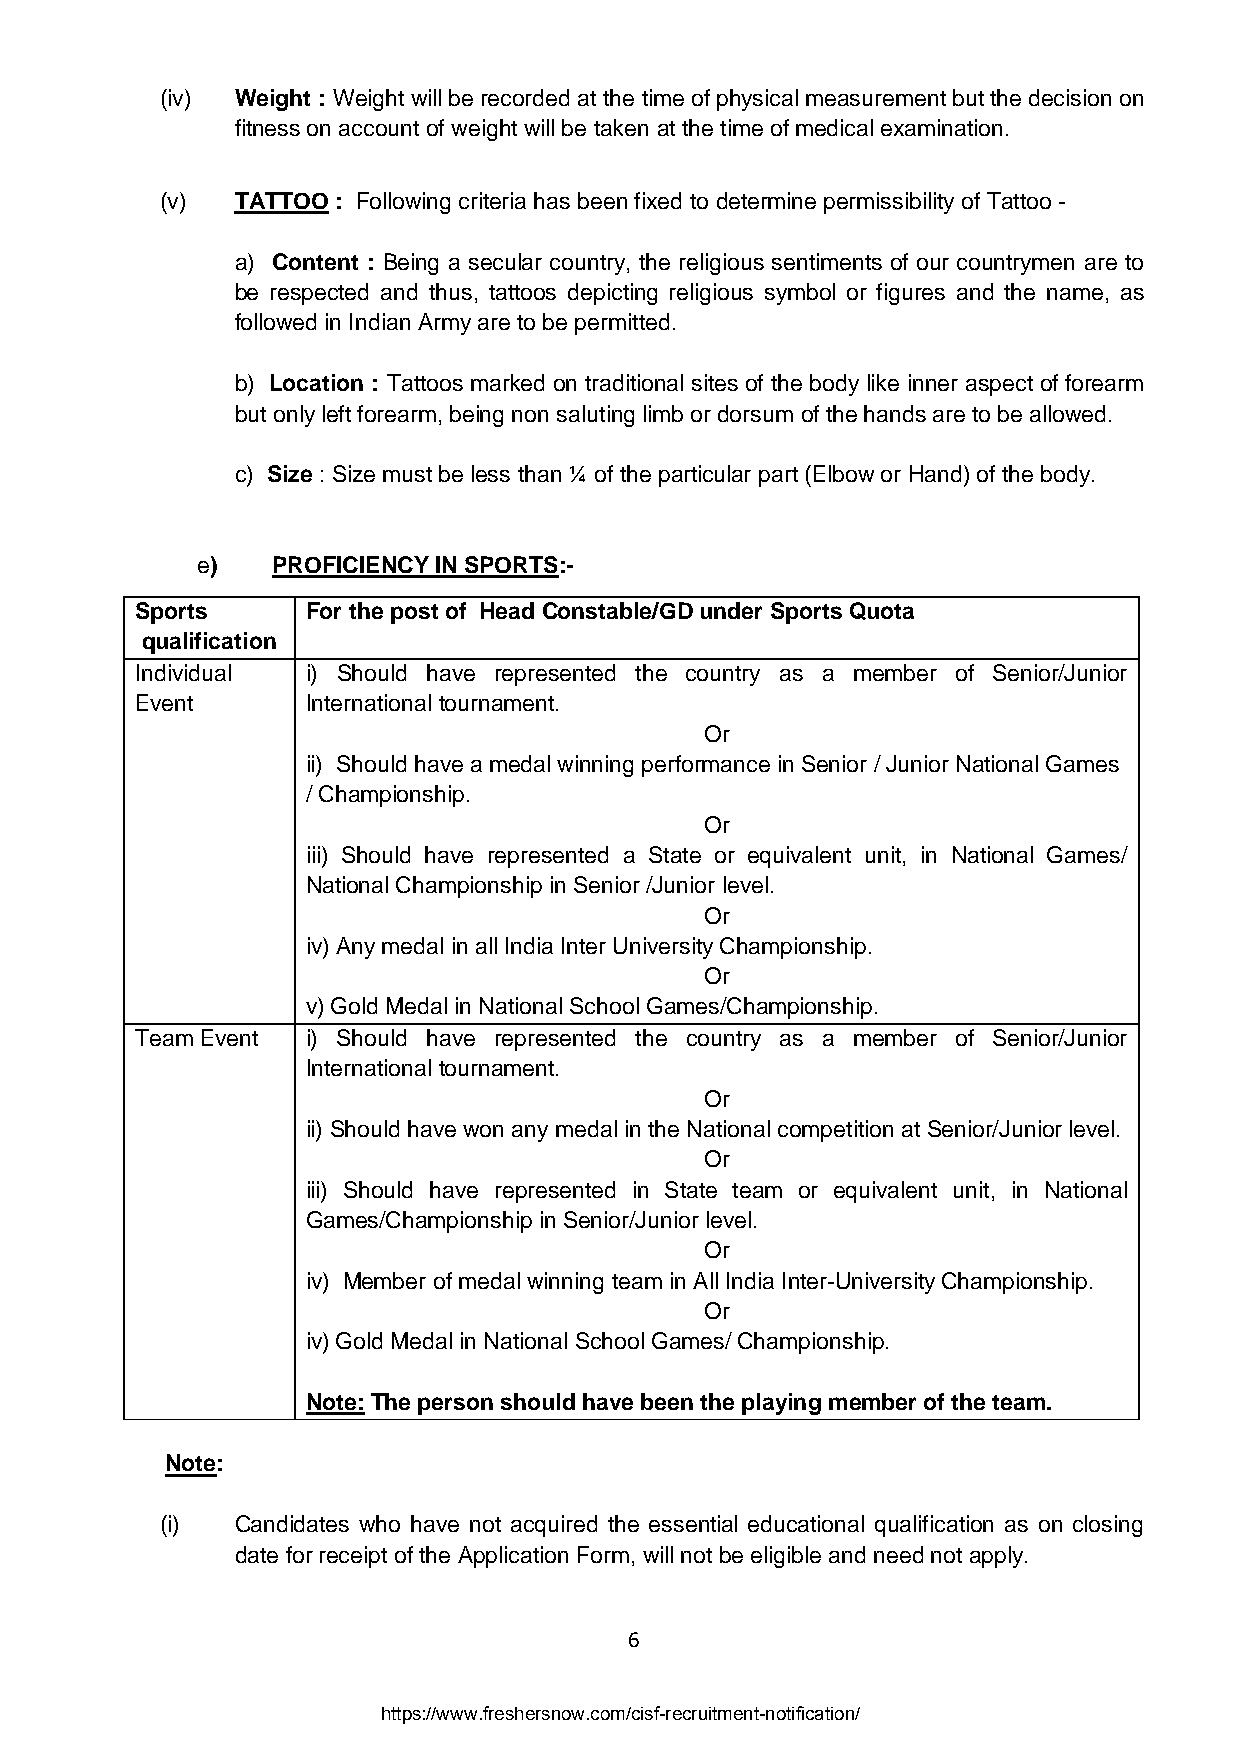
(iv) Weight : Weight will be recorded at the time of physical measurement but the decision on
 fitness on account of weight will be taken at the time of medical examination.
 (v)  TATTOO : Following criteria has been fixed to determine permissibility of Tattoo -
 a) Content : Being a secular country, the religious sentiments of our countrymen are to
 be respected and thus, tattoos depicting religious symbol or figures and the name, as
 followed in Indian Army are to be permitted.
 b) Location : Tattoos marked on traditional sites of the body like inner aspect of forearm
 but only left forearm, being non saluting limb or dorsum of the hands are to be allowed.
 c) Size : Size must be less than ¼ of the particular part (Elbow or Hand) of the body.
 e)   PROFICIENCY IN SPORTS:-
 Sports     For the post of Head Constable/GD under Sports Quota
 qualification
 Individual i) Should have represented the country as a member of Senior/Junior
 Event      International tournament.
 Or
 ii) Should have a medal winning performance in Senior / Junior National Games
 / Championship.
 Or
 iii) Should have represented a State or equivalent unit, in National Games/
 National Championship in Senior /Junior level.
 Or
 iv) Any medal in all India Inter University Championship.
 Or
 v) Gold Medal in National School Games/Championship.
 Team Event i) Should have represented the country as a member of Senior/Junior
 International tournament.
 Or
 ii) Should have won any medal in the National competition at Senior/Junior level.
 Or
 iii) Should have represented in State team or equivalent unit, in National
 Games/Championship in Senior/Junior level.
 Or
 iv) Member of medal winning team in All India Inter-University Championship.
 Or
 iv) Gold Medal in National School Games/ Championship.
 Note: The person should have been the playing member of the team.
 Note:
 (i)  Candidates who have not acquired the essential educational qualification as on closing
 date for receipt of the Application Form, will not be eligible and need not apply.
 6
 https://www.freshersnow.com/cisf-recruitment-notification/